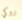
روكي